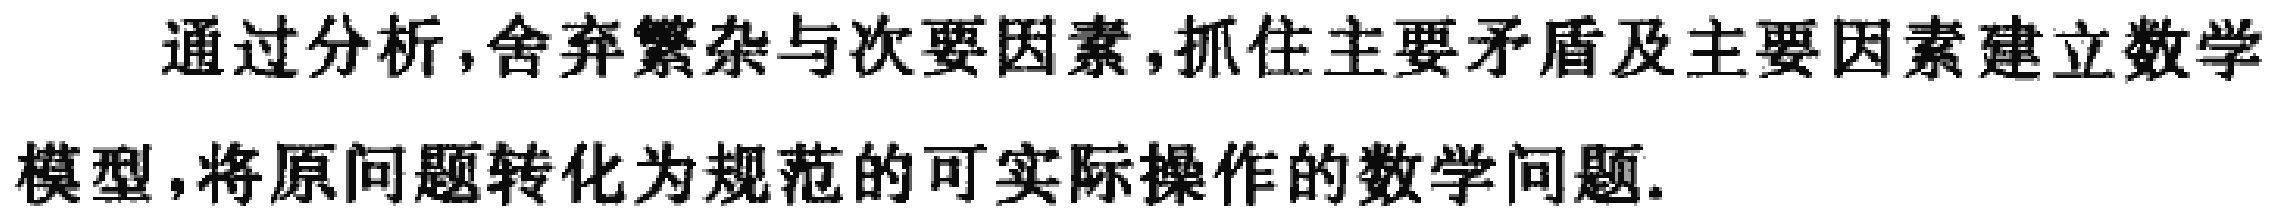
通过分析,舍弃繁杂与次要因素,抓住主要矛盾及主要因素建立数学模型,将原问题转化为规范的可实际操作的数学问题.